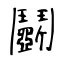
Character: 鬭